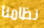
نظامنا